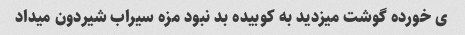
ی خورده گوشت میزدید به کوبیده بد نبود مزه سیراب شیردون میداد